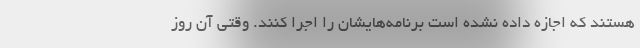
هستند که اجازه داده نشده است برنامه‌هایشان را اجرا کنند. وقتی آن روز